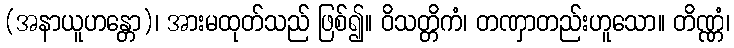
(အနာယူဟန္တော)၊ အားမထုတ်သည် ဖြစ်၍။ ဝိသတ္တိကံ၊ တဏှာတည်းဟူသော။ တိဏ္ဏံ၊